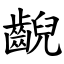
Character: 齯